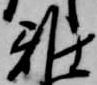
雅